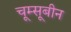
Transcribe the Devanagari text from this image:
चूम्सूबीन